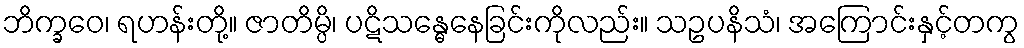
ဘိက္ခဝေ၊ ရဟန်းတို့။ ဇာတိမ္ပိ၊ ပဋိသန္ဓေနေခြင်းကိုလည်း။ သဥပနိသံ၊ အကြောင်းနှင့်တကွ